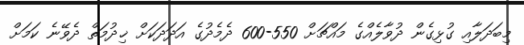
މިބަދަލާއި ގުޅިގެން ދުވާލެއްގެ މައްޗަށް 550-600 ދެމެދުގެ އަދަދަކަށް ޚިދުމަތް ދެވޭނެ ކަމަށް